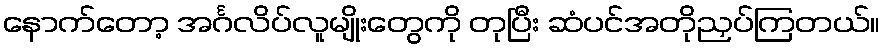
နောက်တော့ အင်္ဂလိပ်လူမျိုးတွေကို တုပြီး ဆံပင်အတိုညှပ်ကြတယ်။